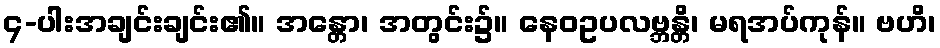
၄-ပါးအချင်းချင်း၏။ အန္တော၊ အတွင်း၌။ နေဝဥပလဗ္ဘန္တိ၊ မရအပ်ကုန်။ ဗဟိ၊